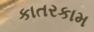
કાતરકામ